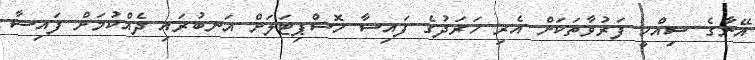
އޭނާގެ ސިއްހީ ފަރުވާތަކަށް އެރި ޚަރަދުގެ ފައިސާ ހޮސްޕިޓަލަށް އަނބުރައި ދެއްކުމަށް ފައިސާ